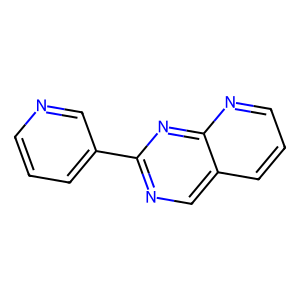
SMILES: c1cncc(-c2ncc3cccnc3n2)c1
Inhibits HIV replication: No